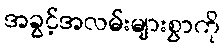
အခွင့်အလမ်းများစွာကို